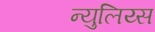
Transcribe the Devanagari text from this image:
न्युलिय्स